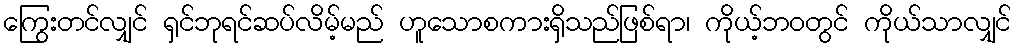
ကြွေးတင်လျှင် ရှင်ဘုရင်ဆပ်လိမ့်မည် ဟူသောစကားရှိသည်ဖြစ်ရာ၊ ကိုယ့်ဘဝတွင် ကိုယ်သာလျှင်